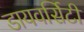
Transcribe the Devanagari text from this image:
डायवर्सिटी